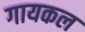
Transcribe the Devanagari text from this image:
गायकल